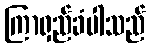
ကြာရှည်ခံပါသည်